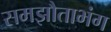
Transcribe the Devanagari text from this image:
समझौताभंग